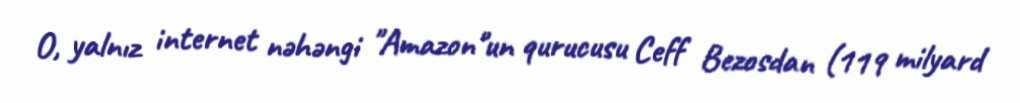
O, yalnız internet nəhəngi "Amazon"un qurucusu Ceff Bezosdan (119 milyard